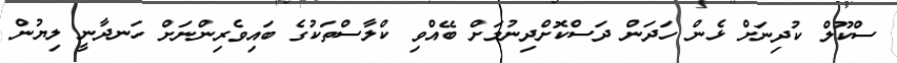
ސްކޫލް ކުދިނަށް ޅެން ހަދަން ދަސްކޮށްދިނުމަށް ބޭއްވި ކްލާސްތަކުގެ ބައިވެރިންނަށް ހަނދާނީ ލިޔުން